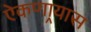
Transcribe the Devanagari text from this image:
ऐकणार्‍यास